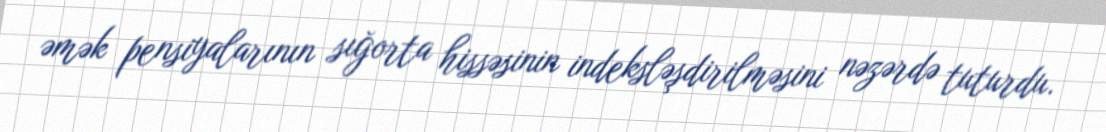
əmək pensiyalarının sığorta hissəsinin indeksləşdirilməsini nəzərdə tuturdu.